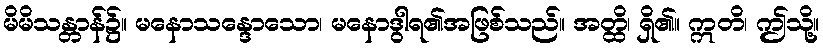
မိမိသန္တာန်၌။ မနောသန္ဒောသော၊ မနောဒွါရ၏အဖြစ်သည်။ အတ္ထိ၊ ရှိ၏။ ဣတိ၊ ဤသို့။